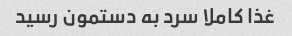
غذا کاملا سرد به دستمون رسید